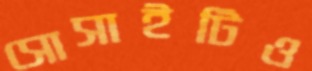
সোসাইটিও